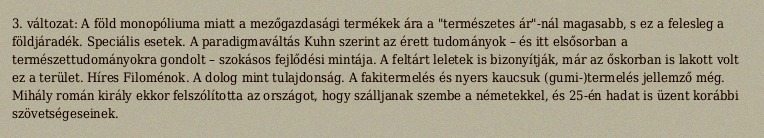
3. változat: A föld monopóliuma miatt a mezőgazdasági termékek ára a "természetes ár"-nál magasabb, s ez a felesleg a földjáradék. Speciális esetek. A paradigmaváltás Kuhn szerint az érett tudományok – és itt elsősorban a természettudományokra gondolt – szokásos fejlődési mintája. A feltárt leletek is bizonyítják, már az őskorban is lakott volt ez a terület. Híres Filoménok. A dolog mint tulajdonság. A fakitermelés és nyers kaucsuk (gumi-)termelés jellemző még. Mihály román király ekkor felszólította az országot, hogy szálljanak szembe a németekkel, és 25-én hadat is üzent korábbi szövetségeseinek.